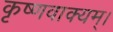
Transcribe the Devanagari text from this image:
कृष्णवाक्यम्।